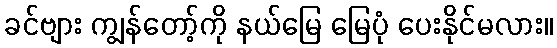
ခင်ဗျား ကျွန်တော့်ကို နယ်မြေ မြေပုံ ပေးနိုင်မလား။